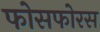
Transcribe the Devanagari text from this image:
फोसफोरस